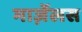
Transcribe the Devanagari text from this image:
मार्ज़ेलस